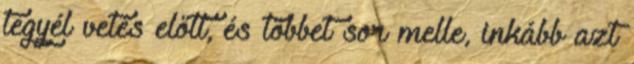
tegyél vetés előtt, és többet sor melle, inkább azt